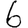
Digit: 6